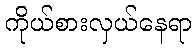
ကိုယ်စားလှယ်နေရာ